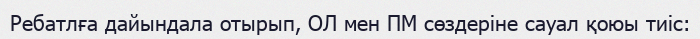
Ребатлға дайындала отырып, ОЛ мен ПМ сөздеріне сауал қоюы тиіс: